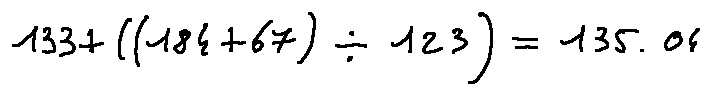
1 3 3 + ( ( 1 8 4 + 6 7 ) \div 1 2 3 ) = 1 3 5 . 0 4